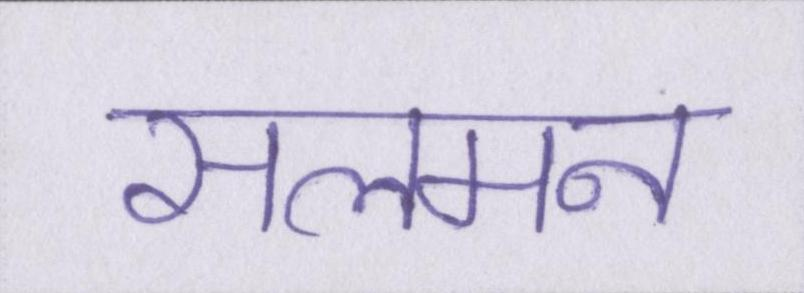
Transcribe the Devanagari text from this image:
सलमन